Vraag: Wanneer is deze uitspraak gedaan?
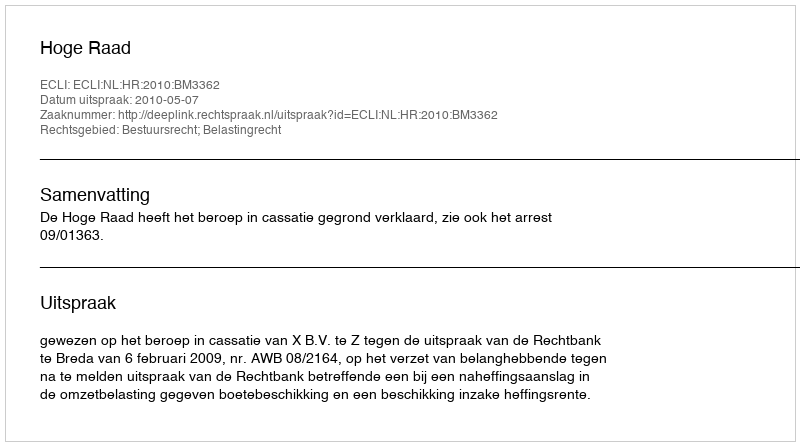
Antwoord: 2010-05-07